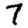
Digit: 7